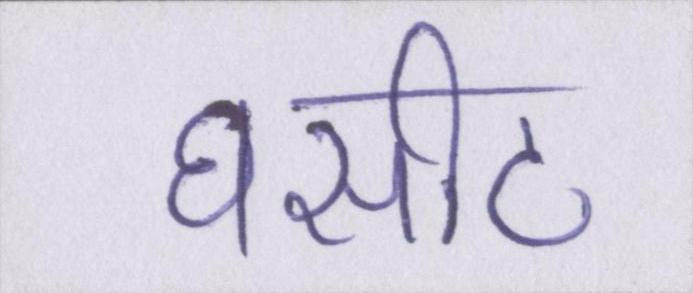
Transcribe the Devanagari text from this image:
घसीट